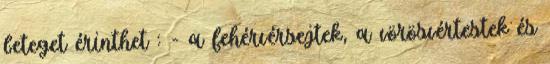
beteget érinthet : - a fehérvérsejtek, a vörösvértestek és